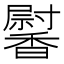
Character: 𩡛